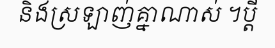
និងស្រឡាញ់គ្នាណាស់ ។ប្តី